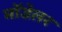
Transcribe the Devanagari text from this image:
मॉडेलर